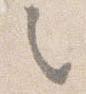
之